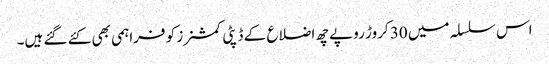
اس سلسلہ میں 30 کروڑ روپے چھ اضلاع کے ڈپٹی کمشنرز کو فراہمی بھی کئے گئے ہیں۔